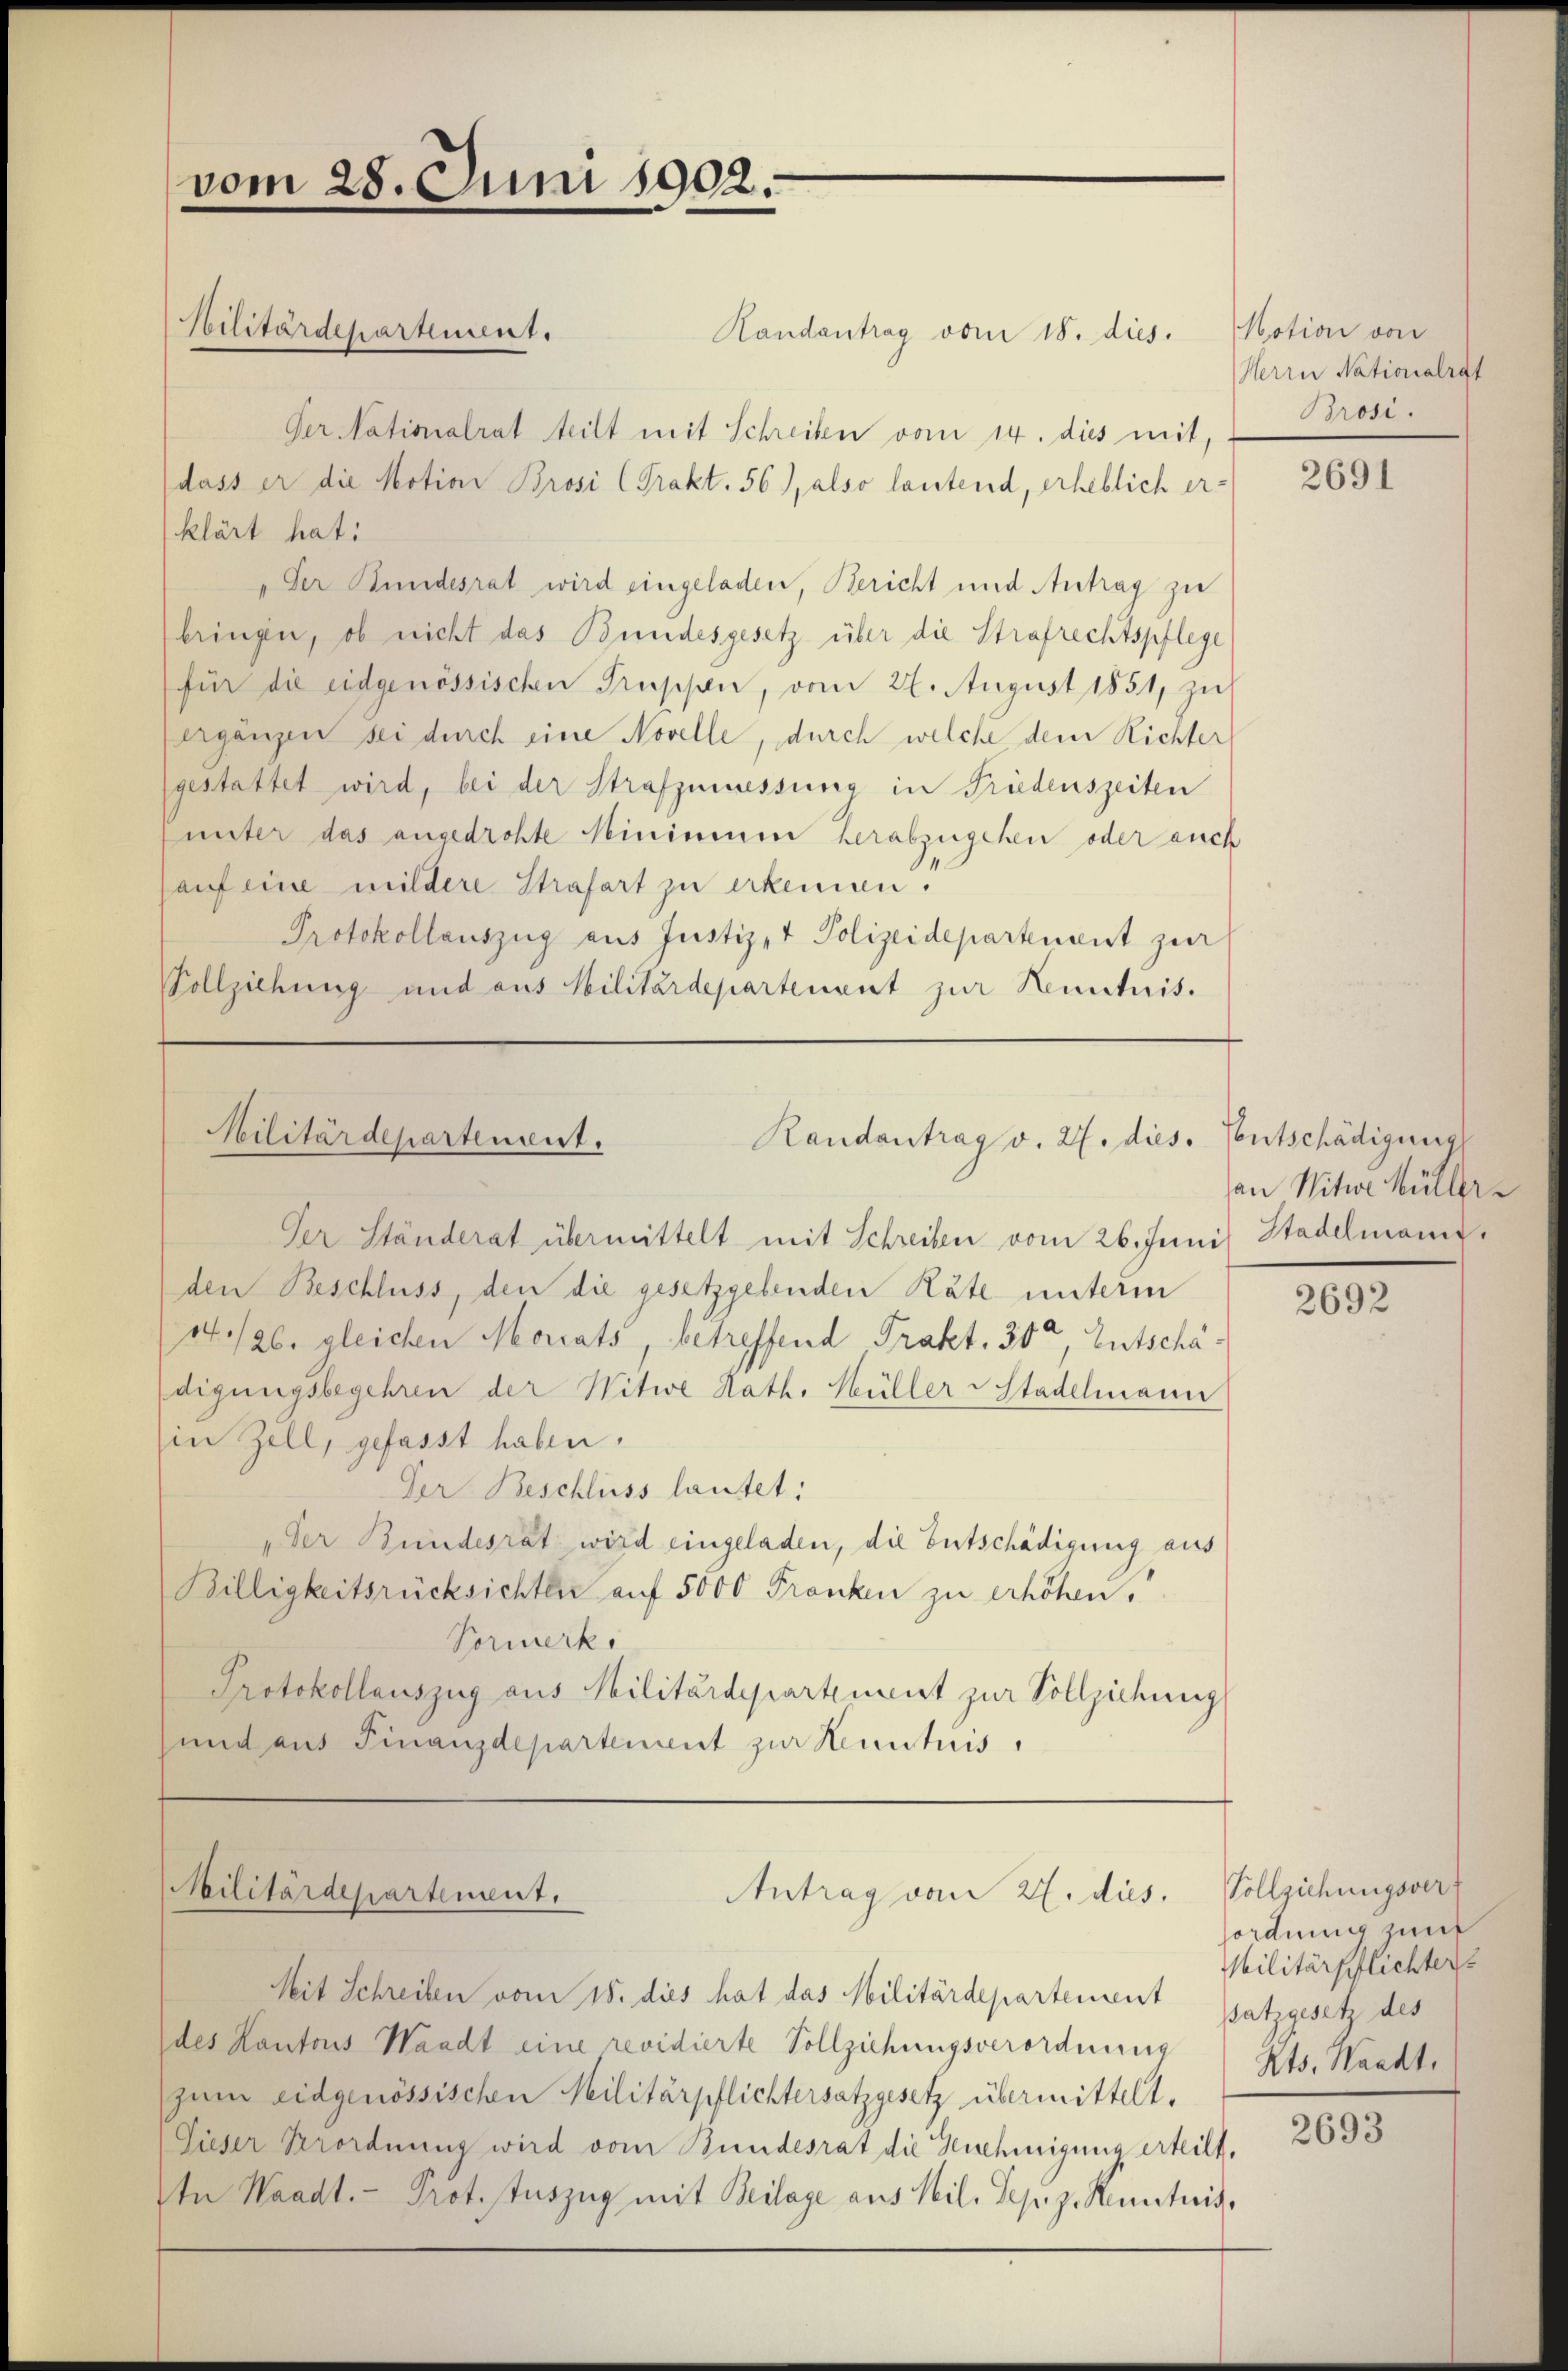
vom 28. Juni 1902.

Randantrag vom 18. dies.
Per Nationalrat teilt mit Schreiben vom 14. dies mit,
dass er die Motion Brosi (Trakt. 56), also lautend, erheblich er-
klärt hat:
der Bundesrat wird eingeladen, Bericht und Antrag zu
bringen, ob nicht das Bundesgesetz über die Strafrechtspflege
für die eidgenössischen Truppen, vom 27. August 1851, zu
ergänzen sei durch eine Novelle, durch welche dem Richter
(gestattet wird, bei der Strafzmüessung in Friedenszeiten
unter das angedrohte Minimum herabzugehen oder auch
auf eine mildere Strafart zu erkennen.
Protokollauszug aus Justiz- & Polizeidepartement zur
Vollziehung und aus Militärdepartenant zur Kenntnis.

Militärdepartement.

Militärdepartement.
Randantrag v. 27. dies. Ventschädigung

Militärdepartement.
Antrag vom 27. dies

Der Ständerat übermittelt mit Schreiben vom 26. Juni Stadelmann.
den Beschluss, den die gesetzgebenden Räte unterm
14./26. gleichen Moriats, betreffend Trakt. 300, Entschädigungsbegehren der Witwe Kath. Hüller Stadelmann
in Zell, gefasst haben.
Der Beschluss lautet:
„der Bundesrat wird eingeladen, die Entschädigung aus
Billigkeitsrücksichten auf 5000 Franken zu erhöhen.
Vormerk
Protokollauszug aus Militärdepartement zur Vollziehung
und aus Finanzdepartement zur Kenntnis

Notion von
Herrn Nationalrat
Brosi.

an Witwe Müller

Mit Schreiben vom 15. dies hat das Militärdepartement
des Kantons Waadt eine revidierte Vollziehungsverordnung
zum eidgenössischen Militärpflichtersatzgesetz übermittelt.
Sieser Verordnung wird vom Bundesrat die Genehmigung erteilt.
In Waadt. - Prot. stuszug mit Beilage aus Nil. Sepz Kenntnis,

2691

2692

Vollziehungsver
ordnung zur
Militärpflichter
satzgesetz des
Kts. Waadt,

2693